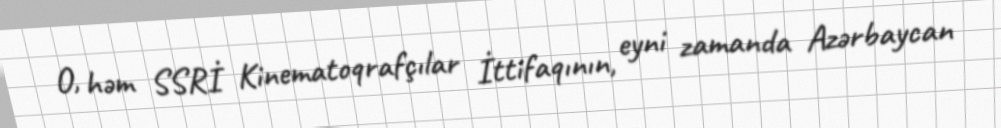
O, həm SSRİ Kinematoqrafçılar İttifaqının, eyni zamanda Azərbaycan